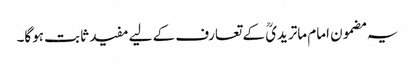
یہ مضمون امام ماتریدیؒ کے تعارف کے لیے مفید ثابت ہوگا۔